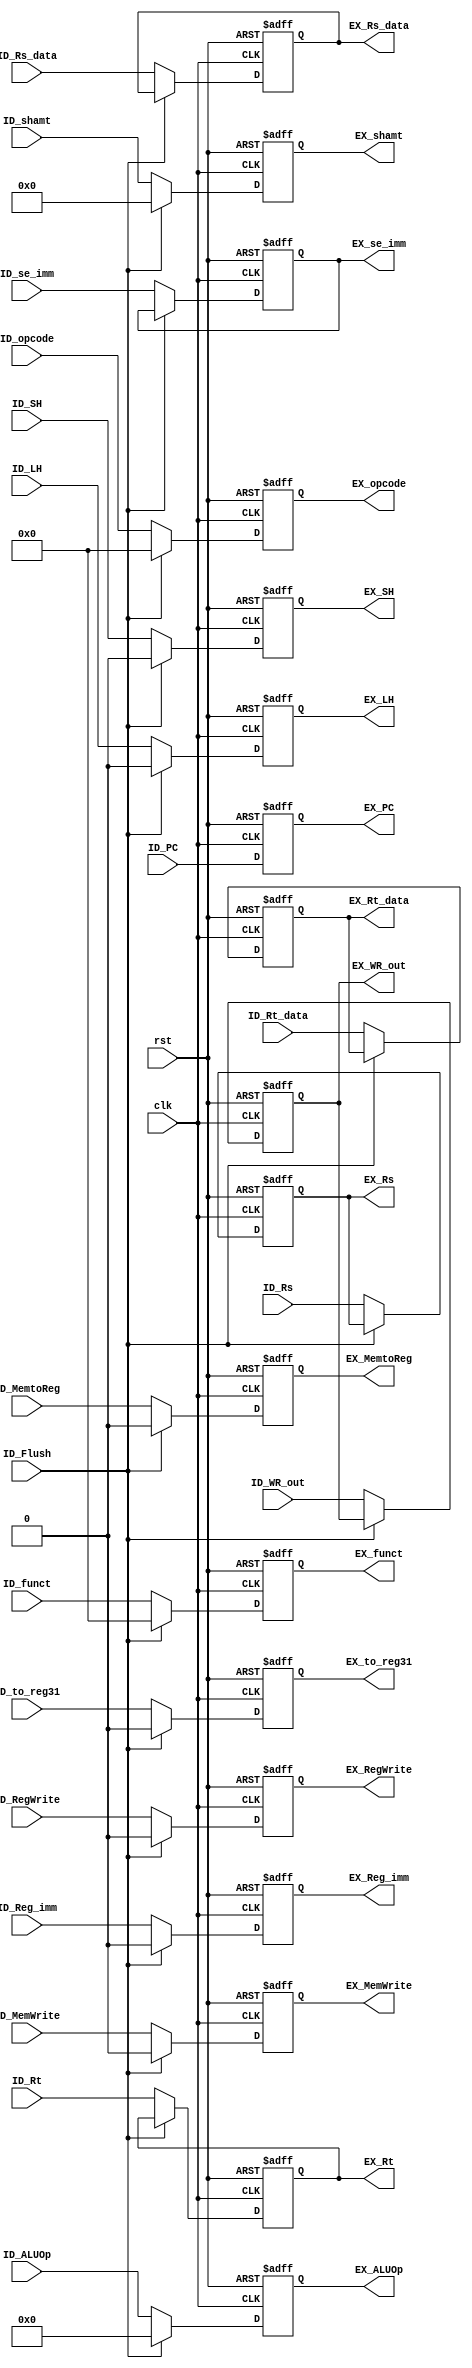
// ID_EX

module ID_EX ( clk,  
               rst,
               // input 
			   ID_Flush,
			   // WB
			   ID_MemtoReg,
			   ID_RegWrite,
			   // M
			   ID_MemWrite,
			   // write your code in here
			   // EX
			   ID_Reg_imm,
			   // write your code in here	   
			   // pipe
			   ID_PC,
			   ID_ALUOp,
			   ID_shamt,
			   ID_Rs_data,
			   ID_Rt_data,
			   ID_se_imm,
			   ID_WR_out,
			   ID_Rs,
			   ID_Rt,
			   // output
			   // WB
			   EX_MemtoReg,
			   EX_RegWrite,
			   // M
			   EX_MemWrite,
			   // write your code in here
			   // EX
			   EX_Reg_imm,
			   // write your code in here			
			   // pipe
			   EX_PC,
			   EX_ALUOp,
			   EX_shamt,
			   EX_Rs_data,
			   EX_Rt_data,
			   EX_se_imm,
			   EX_WR_out,
			   EX_Rs,
			   EX_Rt,

ID_opcode,ID_funct,EX_opcode,EX_funct,//for jump_CTRL		 			   
	EX_SH,EX_LH,EX_to_reg31,ID_SH,ID_LH,ID_to_reg31
			   );
	
	parameter pc_size = 18;			   
	parameter data_size = 32;
	
	input clk, rst;
	input ID_Flush;
	
	// WB
	input ID_MemtoReg;
	input ID_RegWrite;
	// M
	input ID_MemWrite;
	// write your code in here
	// EX
	input ID_Reg_imm;
	// write your code in here
	// pipe
    input [pc_size-1:0] ID_PC;
    input [3:0] ID_ALUOp;
    input [4:0] ID_shamt;
    input [data_size-1:0] ID_Rs_data;
    input [data_size-1:0] ID_Rt_data;
    input [data_size-1:0] ID_se_imm;
    input [4:0] ID_WR_out;
    input [4:0] ID_Rs;
    input [4:0] ID_Rt;

	// WB
	output EX_MemtoReg;
	output EX_RegWrite;
	// M
	output EX_MemWrite;
	// write your code in here
	// EX
	output EX_Reg_imm;
	// write your code in here
	// pipe
	output [pc_size-1:0] EX_PC;
	output [3:0] EX_ALUOp;
	output [4:0] EX_shamt;
	output [data_size-1:0] EX_Rs_data;
	output [data_size-1:0] EX_Rt_data;
	output [data_size-1:0] EX_se_imm;
	output [4:0] EX_WR_out;
	output [4:0] EX_Rs;
	output [4:0] EX_Rt;
	
	// write your code in here

    	
	reg EX_MemtoReg;
	reg EX_RegWrite;
	// M
	reg EX_MemWrite;
	// write your code in here
	// EX
	reg EX_Reg_imm;
	// write your code in here
	// pipe
	reg [pc_size-1:0] EX_PC;
	reg [3:0] EX_ALUOp;
	reg [4:0] EX_shamt;
	reg [data_size-1:0] EX_Rs_data;
	reg [data_size-1:0] EX_Rt_data;
	reg [data_size-1:0] EX_se_imm;
	reg [4:0] EX_WR_out;
	reg [4:0] EX_Rs;
	reg [4:0] EX_Rt;
	
	// write your code in here
	input[5:0]ID_opcode,ID_funct;
	output[5:0]EX_opcode,EX_funct;
	
	reg[5:0]EX_opcode,EX_funct;  
	
	input ID_SH,ID_LH,ID_to_reg31;
	output EX_SH,EX_LH,EX_to_reg31;
	reg EX_SH,EX_LH,EX_to_reg31;
   
    always@(negedge clk or posedge rst) 
    begin 
	if(rst)
	begin
	EX_MemtoReg <= 0;
	EX_RegWrite <= 0;
	EX_MemWrite <= 0;
	EX_Reg_imm <= 0;
	EX_PC <= 0;
	EX_ALUOp <= 0;
	EX_shamt <= 0;
	EX_Rs_data <= 0;
	EX_Rt_data <= 0;
	EX_se_imm <=0;
	EX_WR_out <= 0;
	EX_Rs <= 0;
	EX_Rt <=  0;
	EX_opcode <= 0;
	EX_funct <= 0;
	EX_SH <= 0 ;
	EX_LH <= 0;
	EX_to_reg31 <= 0;
	end
	else if(ID_Flush)
	begin
	EX_MemtoReg <= 0;
	EX_RegWrite <= 0;
	EX_MemWrite <= 0;
	EX_Reg_imm <= 0;
	EX_ALUOp <= 0;
	EX_shamt <= 0;
	EX_SH <= 0 ;
	EX_LH <= 0;
	EX_to_reg31 <= 0;
	EX_PC <= ID_PC;
	EX_opcode <= 0;
	EX_funct <= 0;
	end

	else
	begin
        EX_MemtoReg <= ID_MemtoReg;
	EX_RegWrite <= ID_RegWrite;
	EX_MemWrite <= ID_MemWrite;
	EX_Reg_imm <= ID_Reg_imm;
	EX_PC <= ID_PC;
	EX_ALUOp <= ID_ALUOp;
	EX_shamt <= ID_shamt;
	EX_Rs_data <= ID_Rs_data;
	EX_Rt_data <= ID_Rt_data;
	EX_se_imm <= ID_se_imm;
	EX_WR_out <= ID_WR_out;
	EX_Rs <= ID_Rs;
	EX_Rt <=  ID_Rt;
	EX_opcode <= ID_opcode;
	EX_funct <= ID_funct;
	EX_SH <= ID_SH;
	EX_LH <= ID_LH;
	EX_to_reg31 <= ID_to_reg31;
	end
    end 
	
	
endmodule